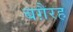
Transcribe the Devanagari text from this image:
बग़ैरह